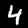
Digit: 4